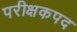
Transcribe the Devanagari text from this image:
परीक्षकपद